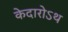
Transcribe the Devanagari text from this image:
केदारोऽथ